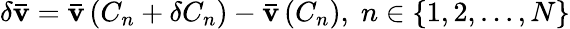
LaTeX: \delta{\mathbf{\bar{v}}}={\mathbf{\bar{v}}}\left({{C_{n}}+\delta{C_{n}}}\right)-{\mathbf{\bar{v}}}\left({{C_{n}}}\right),\; n\in\left\{ {1,2,...,N}\right\}